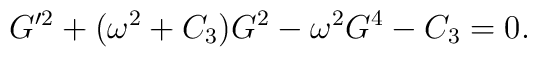
G'^2 + ( \omega^2 + C_3 )G^2 - \omega^2G^4 - C_3 = 0.